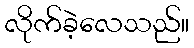
လိုက်ခဲ့လေသည်။